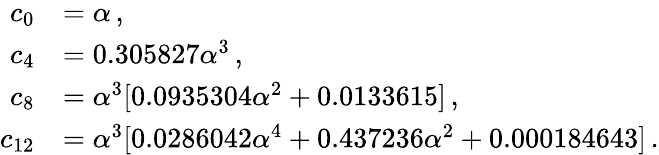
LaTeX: \begin{array}{rl}{c_{0}}&{=\alpha\, ,}\\ {c_{4}}&{=0.305827\alpha^{3}\, ,}\\ {c_{8}}&{=\alpha^{3}[0.0935304\alpha^{2}+0.0133615]\, ,}\\ {c_{12}}&{=\alpha^{3}[0.0286042\alpha^{4}+0.437236\alpha^{2}+0.000184643]\, .}\end{array}